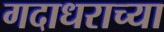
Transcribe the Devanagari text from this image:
गदाधराच्या